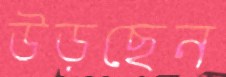
উড়ছেন